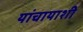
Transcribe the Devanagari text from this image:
यांचायाशी